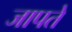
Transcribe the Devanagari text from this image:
जापते